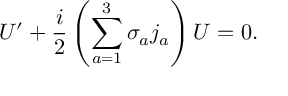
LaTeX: { \cal U } ^ { \prime } + { \frac { i } { 2 } } \left( \sum _ { a = 1 } ^ { 3 } \sigma _ { a } j _ { a } \right) { \cal U } = 0 .